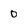
Character: 0